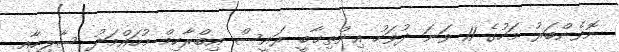
ނޮވެންބަރު މަހުގެ 11 ވަނަ ދުވަހު އިންތިޚާބީ ރައީސް އިބްރާހިމް މުހައްމަދު ސާލިހާއި